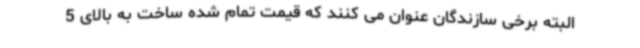
البته برخی سازندگان عنوان می کنند که قیمت تمام شده ساخت به بالای 5